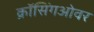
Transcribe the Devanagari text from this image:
क्रॉसिंगओवर